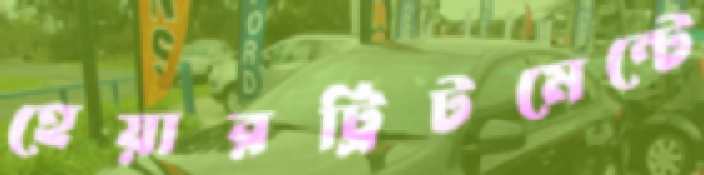
হেয়ারট্রিটমেন্টে